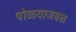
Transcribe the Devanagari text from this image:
पोळ्याजवळ